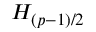
H _ { ( p - 1 ) / 2 }